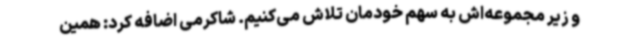
و زیر مجموعه‌اش به سهم خودمان تلاش می‌کنیم. شاکرمی اضافه کرد: همین